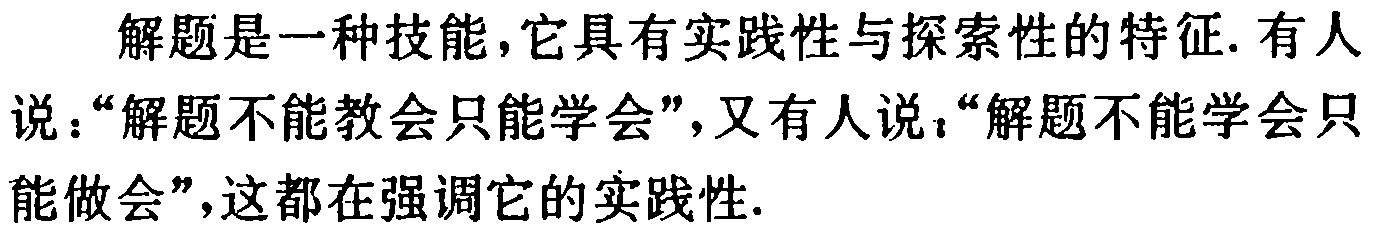
解题是一种技能，它具有实践性与探索性的特征. 有人说：“解题不能教会只能学会”，又有人说：“解题不能学会只能做会”，这都在强调它的实践性.